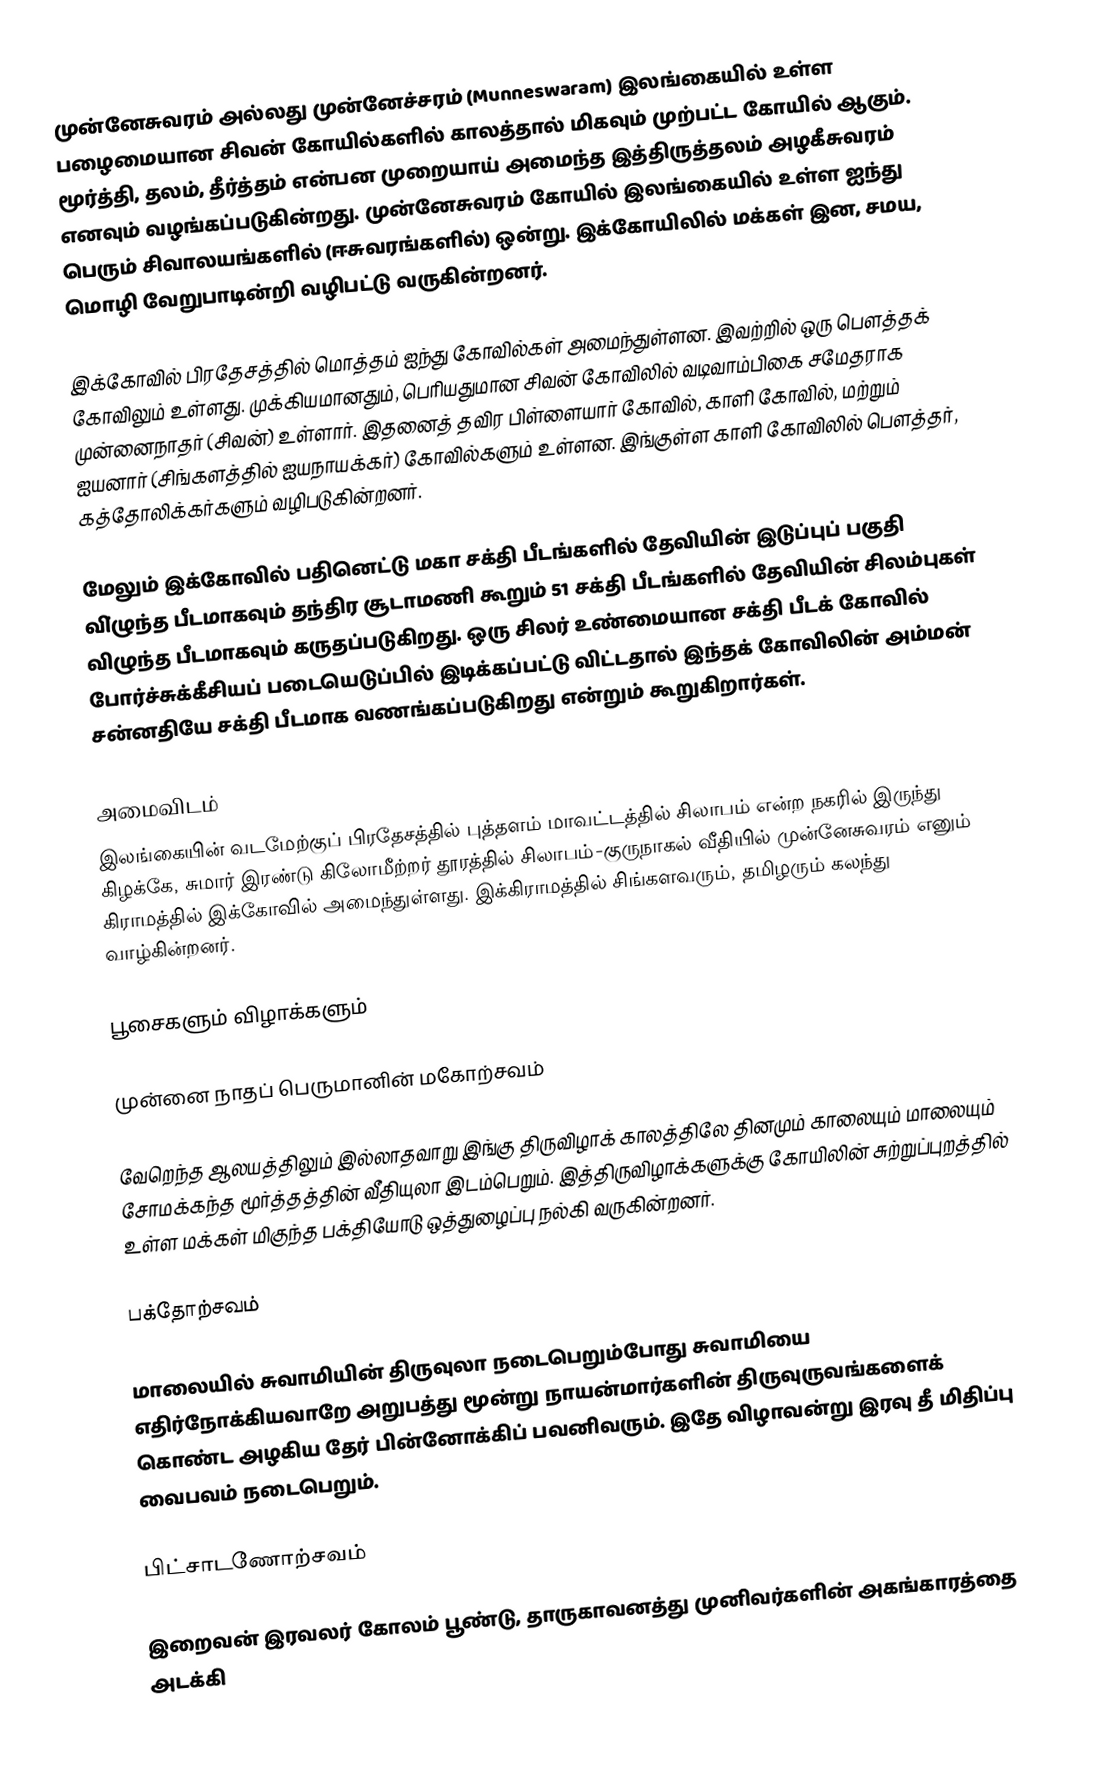
முன்னேசுவரம் அல்லது முன்னேச்சரம் (Munneswaram) இலங்கையில் உள்ள பழைமையான சிவன் கோயில்களில் காலத்தால் மிகவும் முற்பட்ட கோயில் ஆகும். மூர்த்தி, தலம், தீர்த்தம் என்பன முறையாய் அமைந்த இத்திருத்தலம் அழகீசுவரம் எனவும் வழங்கப்படுகின்றது. முன்னேசுவரம் கோயில் இலங்கையில் உள்ள ஐந்து பெரும் சிவாலயங்களில் (ஈசுவரங்களில்) ஒன்று. இக்கோயிலில் மக்கள் இன, சமய, மொழி வேறுபாடின்றி வழிபட்டு வருகின்றனர்.

இக்கோவில் பிரதேசத்தில் மொத்தம் ஐந்து கோவில்கள் அமைந்துள்ளன. இவற்றில் ஒரு பௌத்தக் கோவிலும் உள்ளது. முக்கியமானதும், பெரியதுமான சிவன் கோவிலில் வடிவாம்பிகை சமேதராக முன்னைநாதர் (சிவன்) உள்ளார். இதனைத் தவிர பிள்ளையார் கோவில், காளி கோவில், மற்றும் ஐயனார் (சிங்களத்தில் ஐயநாயக்கர்) கோவில்களும் உள்ளன. இங்குள்ள காளி கோவிலில் பௌத்தர், கத்தோலிக்கர்களும் வழிபடுகின்றனர்.

மேலும் இக்கோவில் பதினெட்டு மகா சக்தி பீடங்களில் தேவியின் இடுப்புப் பகுதி வி்ழுந்த பீடமாகவும் தந்திர சூடாமணி கூறும் 51 சக்தி பீடங்களில் தேவியின் சிலம்புகள் விழுந்த பீடமாகவும் கருதப்படுகிறது. ஒரு சிலர் உண்மையான சக்தி பீடக் கோவில் போர்ச்சுக்கீசியப் படையெடுப்பில் இடிக்கப்பட்டு விட்டதால் இந்தக் கோவிலின் அம்மன் சன்னதியே சக்தி பீடமாக வணங்கப்படுகிறது என்றும் கூறுகிறார்கள்.

அமைவிடம்
இலங்கையின் வடமேற்குப் பிரதேசத்தில் புத்தளம் மாவட்டத்தில் சிலாபம் என்ற நகரில் இருந்து கிழக்கே, சுமார் இரண்டு கிலோமீற்றர் தூரத்தில் சிலாபம்-குருநாகல் வீதியில் முன்னேசுவரம் எனும் கிராமத்தில் இக்கோவில் அமைந்துள்ளது. இக்கிராமத்தில் சிங்களவரும், தமிழரும் கலந்து வாழ்கின்றனர்.

பூசைகளும் விழாக்களும்

முன்னை நாதப் பெருமானின் மகோற்சவம்

வேறெந்த ஆலயத்திலும் இல்லாதவாறு இங்கு திருவிழாக் காலத்திலே தினமும் காலையும் மாலையும் சோமக்கந்த மூர்த்தத்தின் வீதியுலா இடம்பெறும். இத்திருவிழாக்களுக்கு கோயிலின் சுற்றுப்புறத்தில் உள்ள மக்கள் மிகுந்த பக்தியோடு ஒத்துழைப்பு நல்கி வருகின்றனர்.

பக்தோற்சவம்

மாலையில் சுவாமியின் திருவுலா நடைபெறும்போது சுவாமியை எதிர்நோக்கியவாறே அறுபத்து மூன்று நாயன்மார்களின் திருவுருவங்களைக் கொண்ட அழகிய தேர் பின்னோக்கிப் பவனிவரும். இதே விழாவன்று இரவு தீ மிதிப்பு வைபவம் நடைபெறும்.

பிட்சாடணோற்சவம்

இறைவன் இரவலர் கோலம் பூண்டு, தாருகாவனத்து முனிவர்களின் அகங்காரத்தை அடக்கி